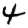
Digit: 4